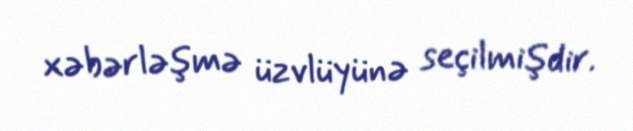
xəbərləşmə üzvlüyünə seçilmişdir.